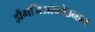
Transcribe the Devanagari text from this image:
झैंगजिआकोउनान